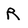
Character: R